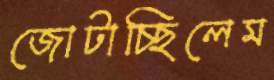
জোটাচ্ছিলেম